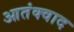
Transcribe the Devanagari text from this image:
आतंक्वाद